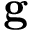
\mathbf { g }